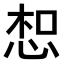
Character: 𢚤